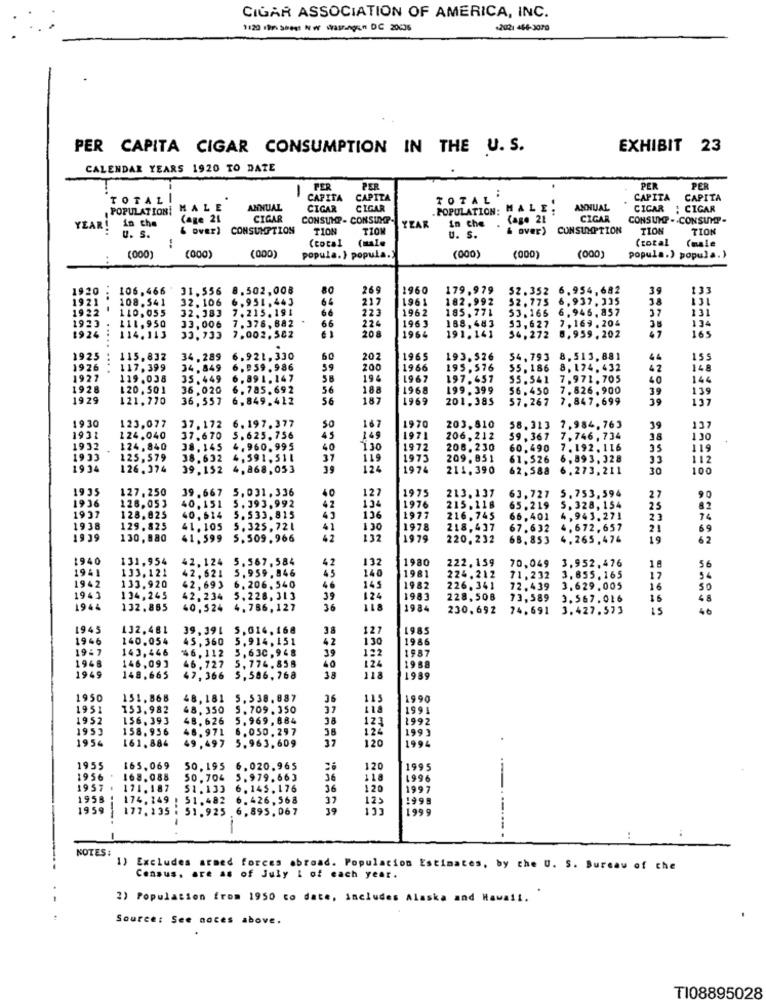
CIGAR ASSOCIATION OF AMERICA, INC.
12- --- -- wangin DC 20435
+2021 444-3070
PER CAPITA CIGAR CONSUMPTION IN THE U. S.
EXHIBIT 23
CALENDAR YEARS 1920 TO DATE
PER
PER
PER
PER
TOTALI
CAPITA
CAPITA
TOTAL *
CAPITA
CAPITA
POPULATION!
MALE
ANNUAL
CIGAR
CIGAR
POPULATION: MALE .
MALE.
ANNUAL
CICAR
: CIGAR
Cage 21
CIGAR
CONSUMP- CONSIMGP-
YEAR
Cage 21
CIGAR
CONSUMP .. CONSUMP -
YEAR!
in che
& OVER)
CONSUMPTION
TION
TIOM
in che
& over) CONSUMPTION
TION
TION
U. S.
U. S.
(total
(male
(000)
(total (male
(000)
..
(000)
(000)
popula.} popula.'
(000)
(000)
popula.) popula.)
1920.
106.466
31.556 8.502,008
80
269
1960
179.979
$2.352
6.954,682
39
133
1921
108.541
32. 106
6.951.443
64
217
1961
182.992
52.775
937, 335
38
1922
..
110.055
32.383
7.215. 191
66
223
1962
185.771
53. 165
6 .946 . 857
37
131
1923
111, 950
33,006
7.376, 682
224
188.483
53, 627
7.169 . 204
35
134
..
7.002.582
66
208
1963
191.141
54.272
165
1924
114.113
33. 733
1964
0.959 . 202
1925
..
115.832
34,289
5.921, 330
60
202
1965
193.526
54,793
8.513.881
44
155
1926
117.399
34. 849
.959 . 986
59
200
1966
195.3
55.186
8.174. 432
42
148
1927
119.038
35.449
.991. 147
194
1967
197.457
55.541
7.971. 705
40
144
1928
120, 50 1
36.020
6.785.692
56
188
1968
199.399
56.450
7. 826, 900
39
139
19 29
121.770
36,557
6.849.412
56
187
1969
201.385
57.267
7. 847.699
137
1930
37.172 6. 197. 377
123,077
50
167
1970
203.810
58.313
7.984, 763
39
137
1931
124.040
37.670 5. 625, 756
45
149
1971
206,212
59,367
7 , 746 , 734
38
130
1932
124,840
38,145 4,960. 995
40
130
1972
206.230
60.490
7.192. 116
35
119
1933
125,579
38.632 4,591.511
37
119
1973
209. 851
61.526
6.993, 328
33
112
1934
126.374
39,152 4, 868, 053
39
124
1974
211. 390
62.588
6.273. 211
30
100
1935
127, 250
39.667 5, 031, 336
40
1975
213.137
5. 753,594
126.053
5. 393. 992
42
134
127
215.118
63.727
27
1936
1937
40,151
1976
65.219
5. 328, 154
25
8.2
128.825
40.614
5. 533. 815
136
1977
216.745
66,401
4,943.271
23
74
1938
129.825
41. 105
5.325.721
130
1978
218.417
67.632
4.672.657
21
69
1939
130,880
41.599
5.509. 966
6.2
132
1979
220, 232
68.853
4.265,476
19
62
1940
131,954
42, 124
5.567.584
132
1980
222,159
70,049
3.952, 476
1941
133.121
42, 621
5.959 .846
42
45
224.212
56
1942
6. 206. 540
46
140
1981
71,232
3. 655. 165
17
54
133.920
42, 693
145
1982
226.341
72.439
3.629 .005
16
50
1943
134,245
42. 234
5. 228, 313
124
1983
228,508 73,589 3,567.016
16
48
1944
132.885
40.524
4. 786, 127
36
1984
230.692
74.691 3.427.573
46
1945
132.481
39.391 5.014. 168
38
127
1985
1946
140.054
45, 360
5.914, 151
42
130
1986
1967
143,446
46. 112
5,630, 948
39
1987
1948
46 . 727
5, 774. 858
40
122
124
988
146,09 ]
1949
148.665
47, 366
5,586. 768
3.8
118
1989
1950
151.868
48,181
5. 538.887
36
115
199
1951
153.982
48. 350
5. 709. 350
37
1991
1952
156.393
48.626
5.969, 884
123
1992
1953
158.956
46.971
6.050.297
124
199
1954
161.884
49 .497
5.963, 609
37
120
994
.
1955
163.069
50.195
6. 020.965
26
120
1995
1956
168.088
50.704
5.979.663
16
118
1996
1957
171.187
51.133
6.145.176
36
120
1997
1958
174, 149
51.482
6.426.568
37
12.
199
.--...
1959
177. 135 . 51.925
6.895.067
1999
----
-
..
NOTES :
1) Excludes armed forces abroad. Population Estimates, by the U. S. Bureau of che
Census, are as of July 1 of each year.
2) Population from 1950 to date, includes Alaska and Hawaii.
Source: See naces above.
TI08895028